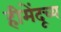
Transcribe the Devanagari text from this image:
हीमेंदूच्य